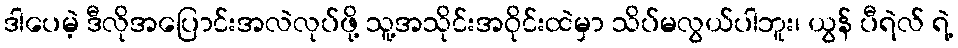
ဒါပေမဲ့ ဒီလိုအပြောင်းအလဲလုပ်ဖို့ သူ့အသိုင်းအဝိုင်းထဲမှာ သိပ်မလွယ်ပါဘူး၊ ယွန် ပီရဲလ် ရဲ့